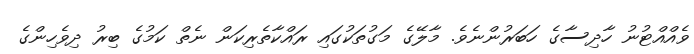
ވެއްއްޓުނު ހާދިސާގެ ހަބަރުންނެވެ. މާލޭގެ މަގުތަކުގައި ރައްކާތެރިކަން ނެތް ކަމުގެ ބިރު ދިވެހިންގެ